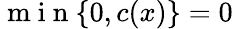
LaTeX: \mathrm{~m~i~n~}\{ 0,c(x)\} =0